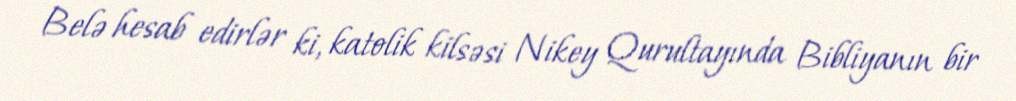
Belə hesab edirlər ki, katolik kilsəsi Nikey Qurultayında Bibliyanın bir